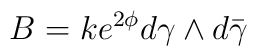
B=ke^{2\phi }d\gamma \wedge d\bar \gamma